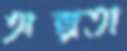
অল্পতা